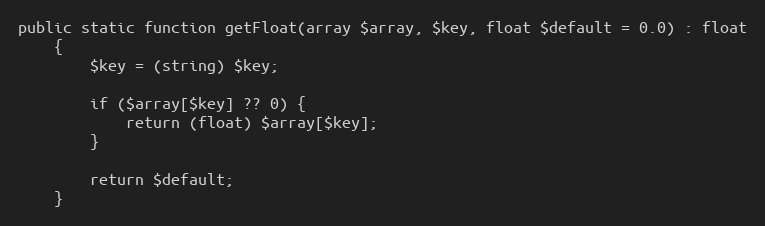
Language: PHP
public static function getFloat(array $array, $key, float $default = 0.0) : float
    {
        $key = (string) $key;

        if ($array[$key] ?? 0) {
            return (float) $array[$key];
        }

        return $default;
    }